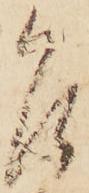
乍